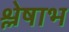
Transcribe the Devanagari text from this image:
श्लेषाभ